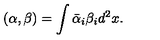
( \alpha , \beta ) = \int \bar { \alpha } _ { i } \beta _ { i } d ^ { 2 } x .